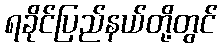
ရခိုင်ပြည်နယ်တို့တွင်